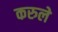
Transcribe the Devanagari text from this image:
करुले